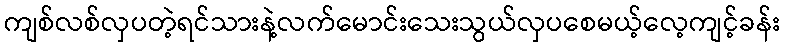
ကျစ်လစ်လှပတဲ့ရင်သားနဲ့လက်မောင်းသေးသွယ်လှပစေမယ့်လေ့ကျင့်ခန်း